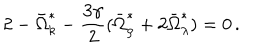
2 - \bar { \Omega } _ { k } ^ { \ast } - \frac { 3 \gamma } { 2 } ( \bar { \Omega } _ { \rho } ^ { \ast } + 2 \bar { \Omega } _ { \lambda } ^ { \ast } ) = 0 \, .